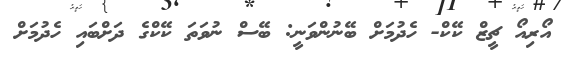
އޯރިއޯ ޗީޒް ކޭކް- ހެދުމަށް ބޭނުންވަނީ: ބޭސް ނުވަތަ ކޭކްގެ ދަށްބައި ހެދުމަށް